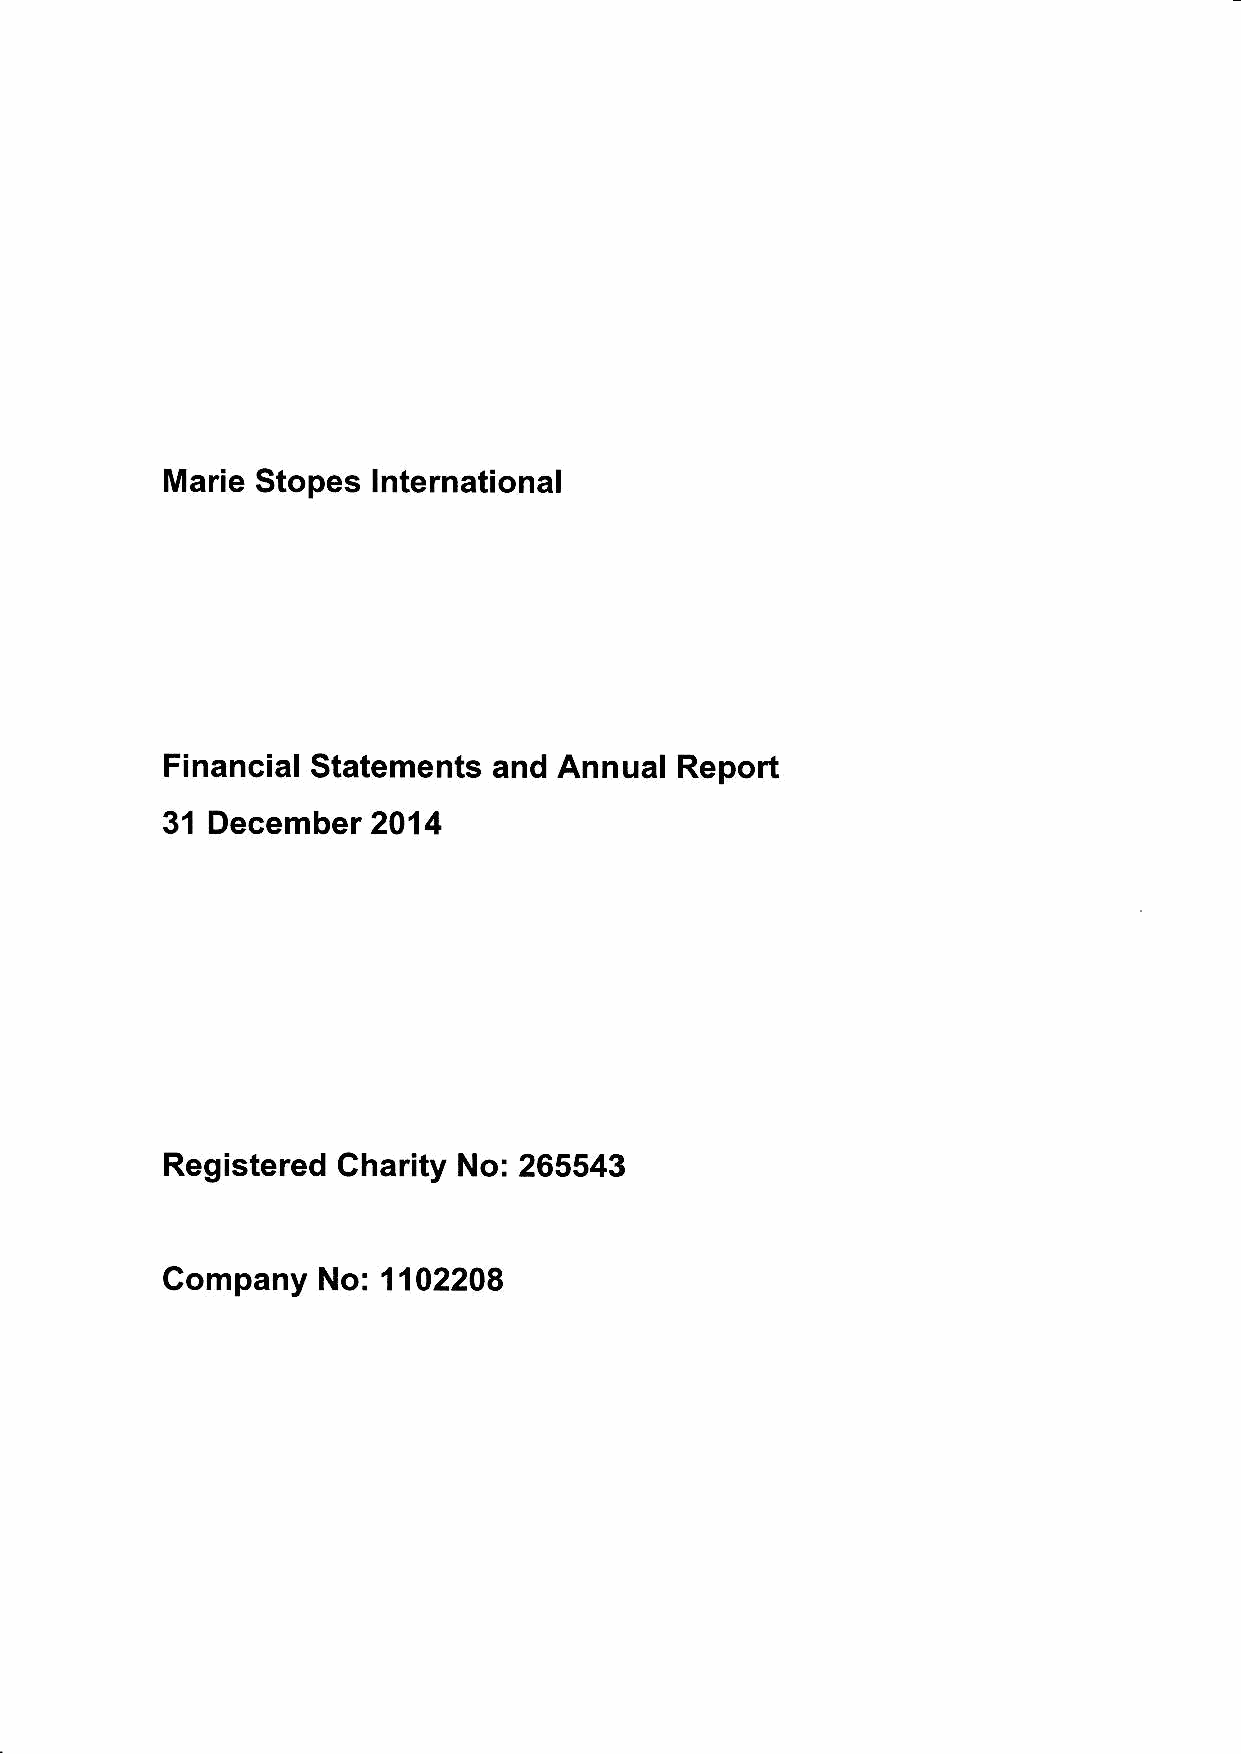
Marie Stopes  lnternational
 Financial Statements  and Annual  Report
 31 December   2014
 Registered Charity No: 265543
 Company   No:1102208